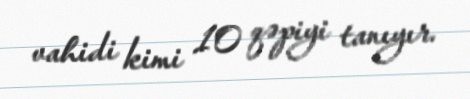
vahidi kimi 10 qəpiyi tanıyır.